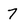
Character: 7